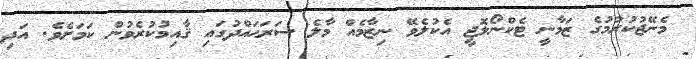
މެނޭޖުކުރުމުގެ ޒަމާނީ ޓެކްނޯލޮޖީ އެކުލެވޭ ނިޒާމެއް މާލެ ސަރަޙައްދުގައި ޤާއިމުކުރެވުން ކަމަށެވެ. އަދި